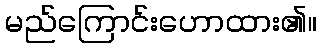
မည်ကြောင်းဟောထား၏။